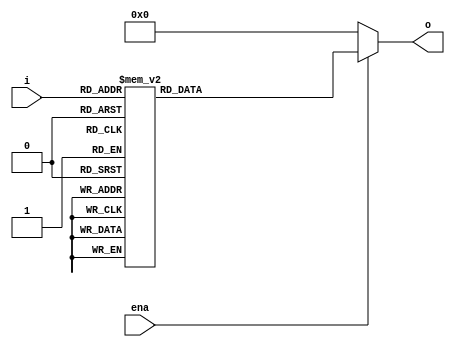
module decoder8(
	input [0:2] i,
	input ena,
	output [0:7] o
);

	always @ (*) begin
		case ({~ena, i})
			4'h0: o <= 8'b10000000;
			4'h1: o <= 8'b01000000;
			4'h2: o <= 8'b00100000;
			4'h3: o <= 8'b00010000;
			4'h4: o <= 8'b00001000;
			4'h5: o <= 8'b00000100;
			4'h6: o <= 8'b00000010;
			4'h7: o <= 8'b00000001;
			default: o <= 8'b00000000;
		endcase
	end

endmodule